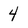
Character: 4